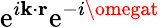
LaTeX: \mathrm{e}^{i\mathbf{{k}}\cdot\mathbf{{r}}}\mathrm{e}^{-i\omegat}